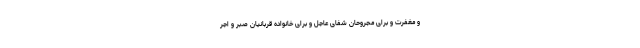
و مغفرت و برای مجروحان شفای عاجل و برای خانواده قربانیان صبر و اجر